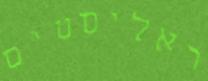
ראליסטים